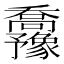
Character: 𫡡